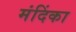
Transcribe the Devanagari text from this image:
मंदिंका